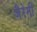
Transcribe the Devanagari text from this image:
जैरेमी